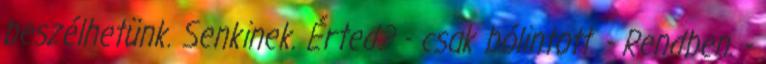
beszélhetünk. Senkinek. Érted? - csak bólintott. - Rendben. -